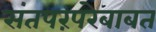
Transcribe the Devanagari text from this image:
संतपरंपरेबाबत